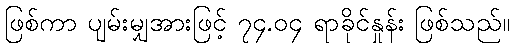
ဖြစ်ကာ ပျမ်းမျှအားဖြင့် ၇၄.၀၄ ရာခိုင်နှုန်း ဖြစ်သည်။